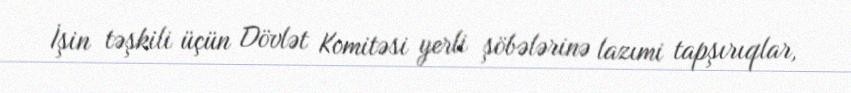
İşin təşkili üçün Dövlət Komitəsi yerli şöbələrinə lazımi tapşırıqlar,